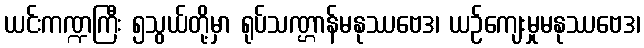
ယင်းကဏ္ဍကြီး ၅သွယ်တို့မှာ ရုပ်သဏ္ဌာန်မနုဿဗေဒ၊ ယဉ်ကျေးမှုမနုဿဗေဒ၊